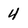
Character: 4